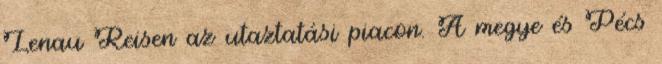
Lenau Reisen az utaztatási piacon. A megye és Pécs